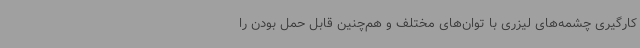
کارگیری چشمه‌های لیزری با توان‌های مختلف و هم‌چنین قابل حمل بودن را